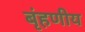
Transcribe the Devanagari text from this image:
बृंहणीय